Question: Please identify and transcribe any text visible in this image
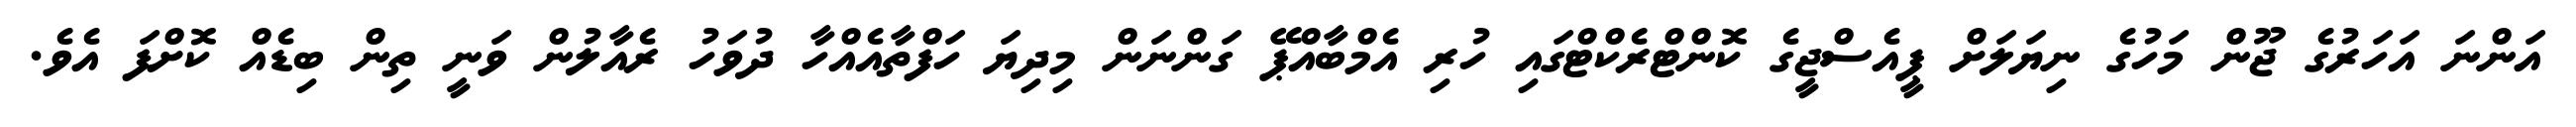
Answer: އަންނަ އަހަރުގެ ޖޫން މަހުގެ ނިޔަލަށް ޕީއެސްޖީގެ ކޮންޓްރެކްޓްގައި ހުރި އެމްބާއްޕޭ ގަންނަން މިދިޔަ ހަފްތާއެއްހާ ދުވަހު ރެއާލުން ވަނީ ތިން ބިޑެއް ކޮށްފަ އެވެ.